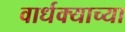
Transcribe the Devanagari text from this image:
वार्धक्याच्या